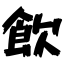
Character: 飲